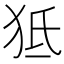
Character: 𤝬